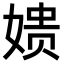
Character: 𫝬